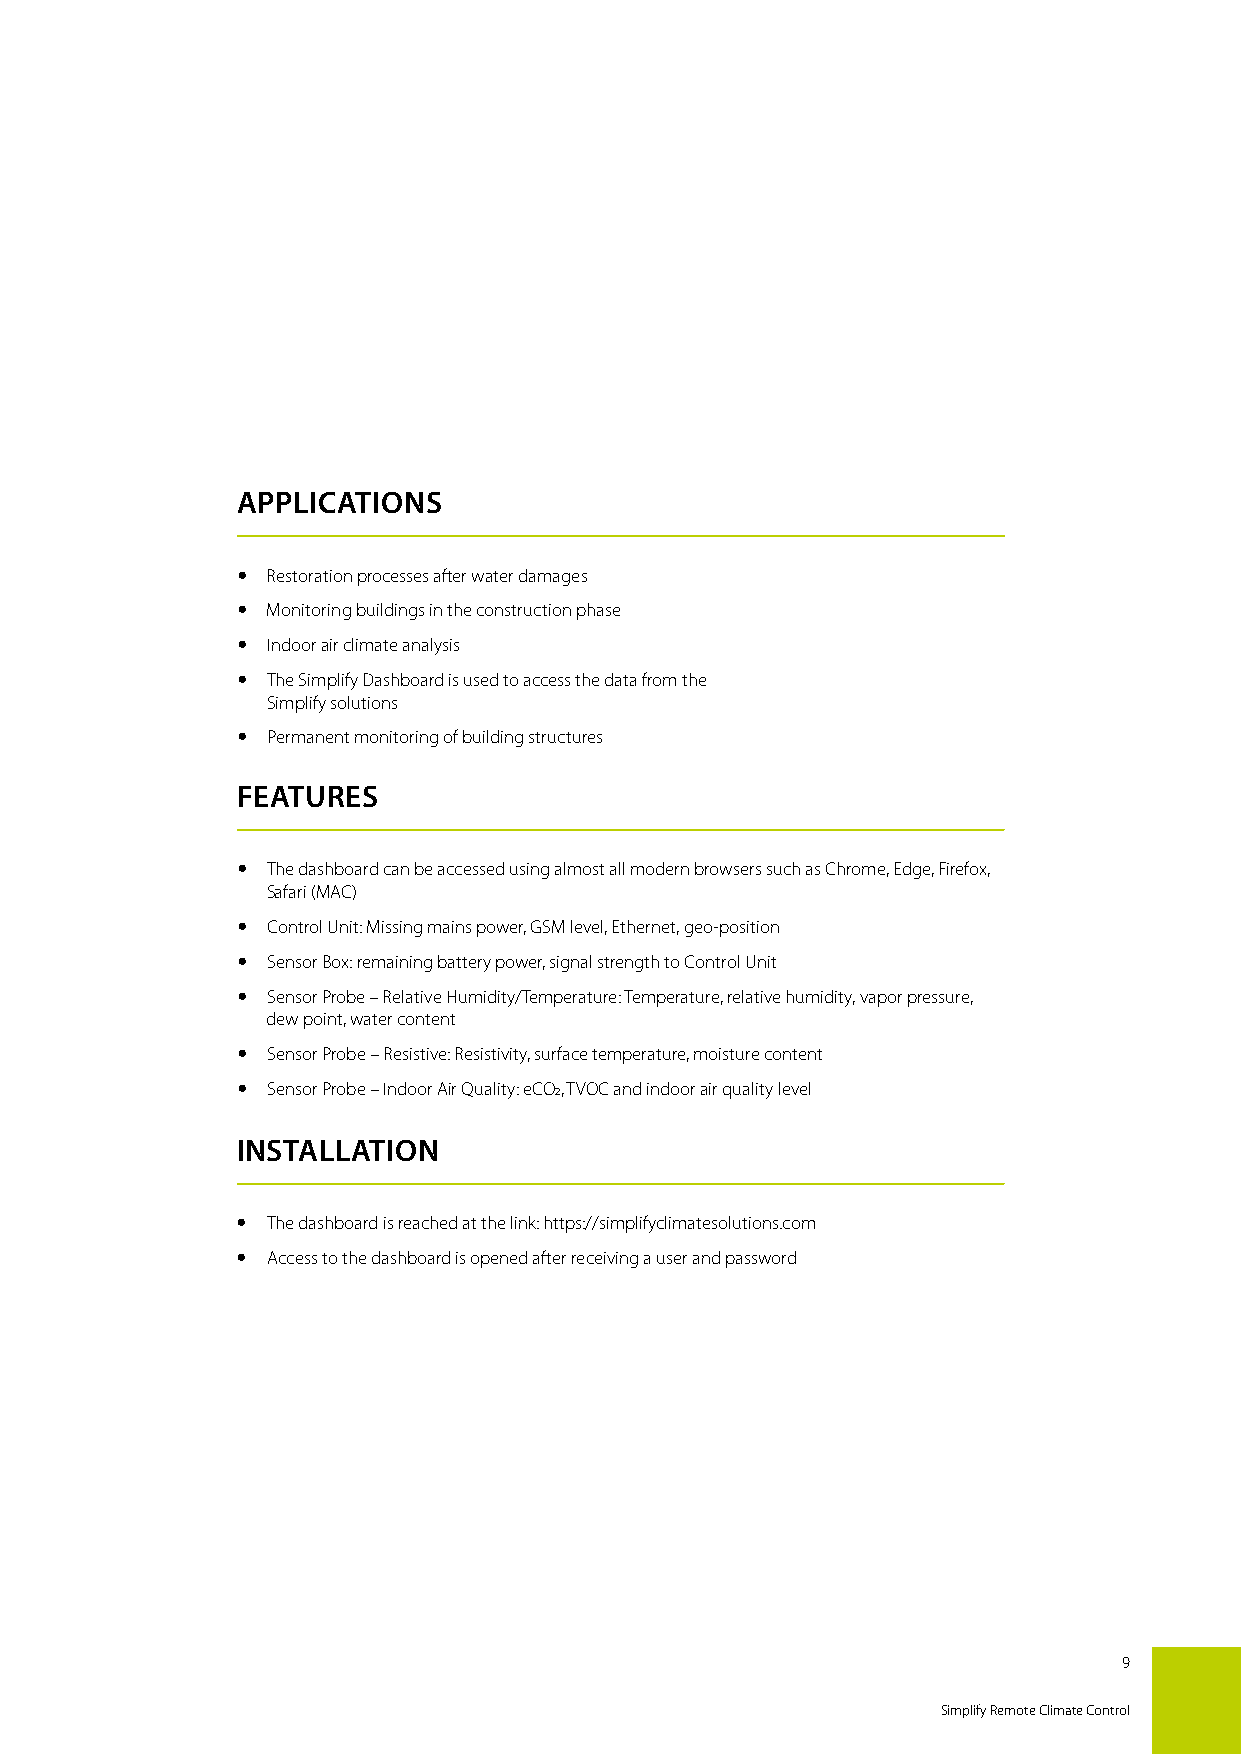
APPLICATIONS
  Restoration processes after water damages
  Monitoring buildings in the construction phase
  Indoor air climate analysis
  The Simplify Dashboard is used to access the data from the
 Simplify solutions
  Permanent monitoring of building structures
 FEATURES
  The dashboard can be accessed using almost all modern browsers such as Chrome, Edge, Firefox,
 Safari (MAC)
  Control Unit: Missing mains power, GSM level, Ethernet, geo-position
  Sensor Box: remaining battery power, signal strength to Control Unit
  Sensor Probe – Relative Humidity/Temperature: Temperature, relative humidity, vapor pressure,
 dew point, water content
  Sensor Probe – Resistive: Resistivity, surface temperature, moisture content
  Sensor Probe – Indoor Air Quality: eCO2, TVOC and indoor air quality level
 INSTALLATION
  The dashboard is reached at the link: https://simplifyclimatesolutions.com
  Access to the dashboard is opened after receiving a user and password
 9
 Simplify Remote Climate Control